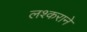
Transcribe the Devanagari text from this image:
लश्कराने